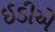
ઈડીએ